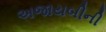
અજાયબીની